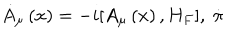
\dot { A } _ { \mu } \left( x \right) = - i [ A _ { \mu } \left( x \right) , H _ { F } ] , \; \dot { \pi }